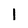
Character: 1